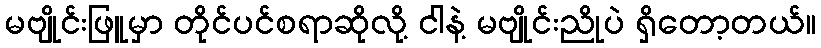
မဗျိုင်းဖြူမှာ တိုင်ပင်စရာဆိုလို့ ငါနဲ့ မဗျိုင်းညိုပဲ ရှိတော့တယ်။